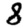
Digit: 8